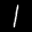
Label: 1